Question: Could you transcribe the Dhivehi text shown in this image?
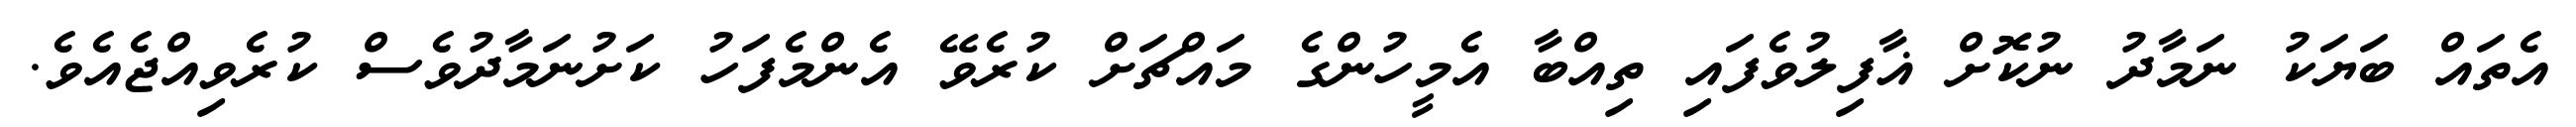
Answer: އެތައް ބަޔަކު ނަމާދު ނުކޮށް ޣާފިލުވެފައި ތިއްބާ އެމީހުންގެ މައްޗަށް ކުރެވޭ އެންމެފަހު ކަށުނަމާދުވެސް ކުރެވިއްޖެއެވެ.